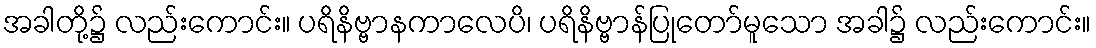
အခါတို့၌ လည်းကောင်း။ ပရိနိဗ္ဗာနကာလေပိ၊ ပရိနိဗ္ဗာန်ပြုတော်မူသော အခါ၌ လည်းကောင်း။